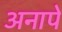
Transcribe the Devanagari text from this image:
अनापे